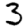
Digit: 3